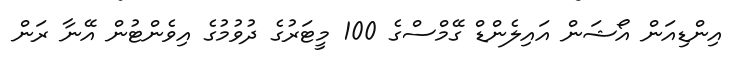
އިންޑިއަން އޯޝަން އައިލެންޑް ގޭމްސްގެ 100 މީޓަރުގެ ދުވުމުގެ އިވެންޓުން އޭނާ ރަން